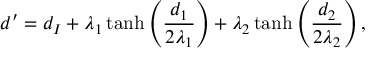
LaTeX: d ^ { \prime } = d _ { I } + \lambda _ { 1 } \operatorname { t a n h } \left( { \frac { d _ { 1 } } { 2 \lambda _ { 1 } } } \right) + \lambda _ { 2 } \operatorname { t a n h } \left( { \frac { d _ { 2 } } { 2 \lambda _ { 2 } } } \right) ,